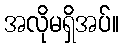
အလိုမရှိအပ်။